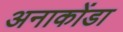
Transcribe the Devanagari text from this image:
अनाकोंडा